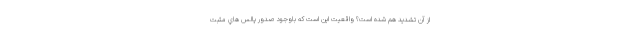
از آن تشديد هم شده است؟ واقعيت اين است كه باوجود صدور پالس هاي مثبت